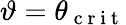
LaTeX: \vartheta=\theta_{\mathrm{~c~r~i~t~}}